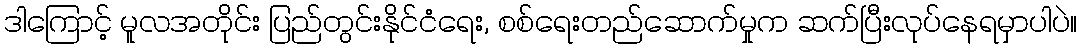
ဒါကြောင့် မူလအတိုင်း ပြည်တွင်းနိုင်ငံရေး, စစ်ရေးတည်ဆောက်မှုက ဆက်ပြီးလုပ်နေရမှာပါပဲ။